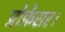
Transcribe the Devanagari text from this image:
प्रोफ़ेसर।